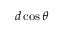
d \cos \theta